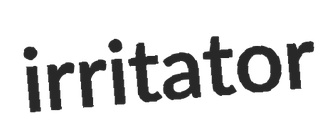
irritator